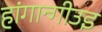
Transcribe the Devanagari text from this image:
हांगान्गीउइ